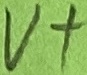
Text: V+